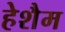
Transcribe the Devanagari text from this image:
हेशैम